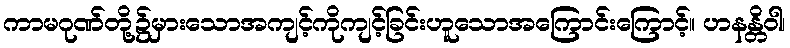
ကာမဂုဏ်တို့၌မှားသောအကျင့်ကိုကျင့်ခြင်းဟူသောအကြောင်းကြောင့်။ ဟနန္တိဝါ၊